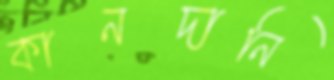
কানদানি